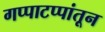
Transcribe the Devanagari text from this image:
गप्पाटप्पांतून